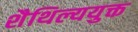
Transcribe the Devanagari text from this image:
शैथिल्ययुक्त